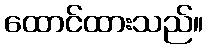
ထောင်ထားသည်။